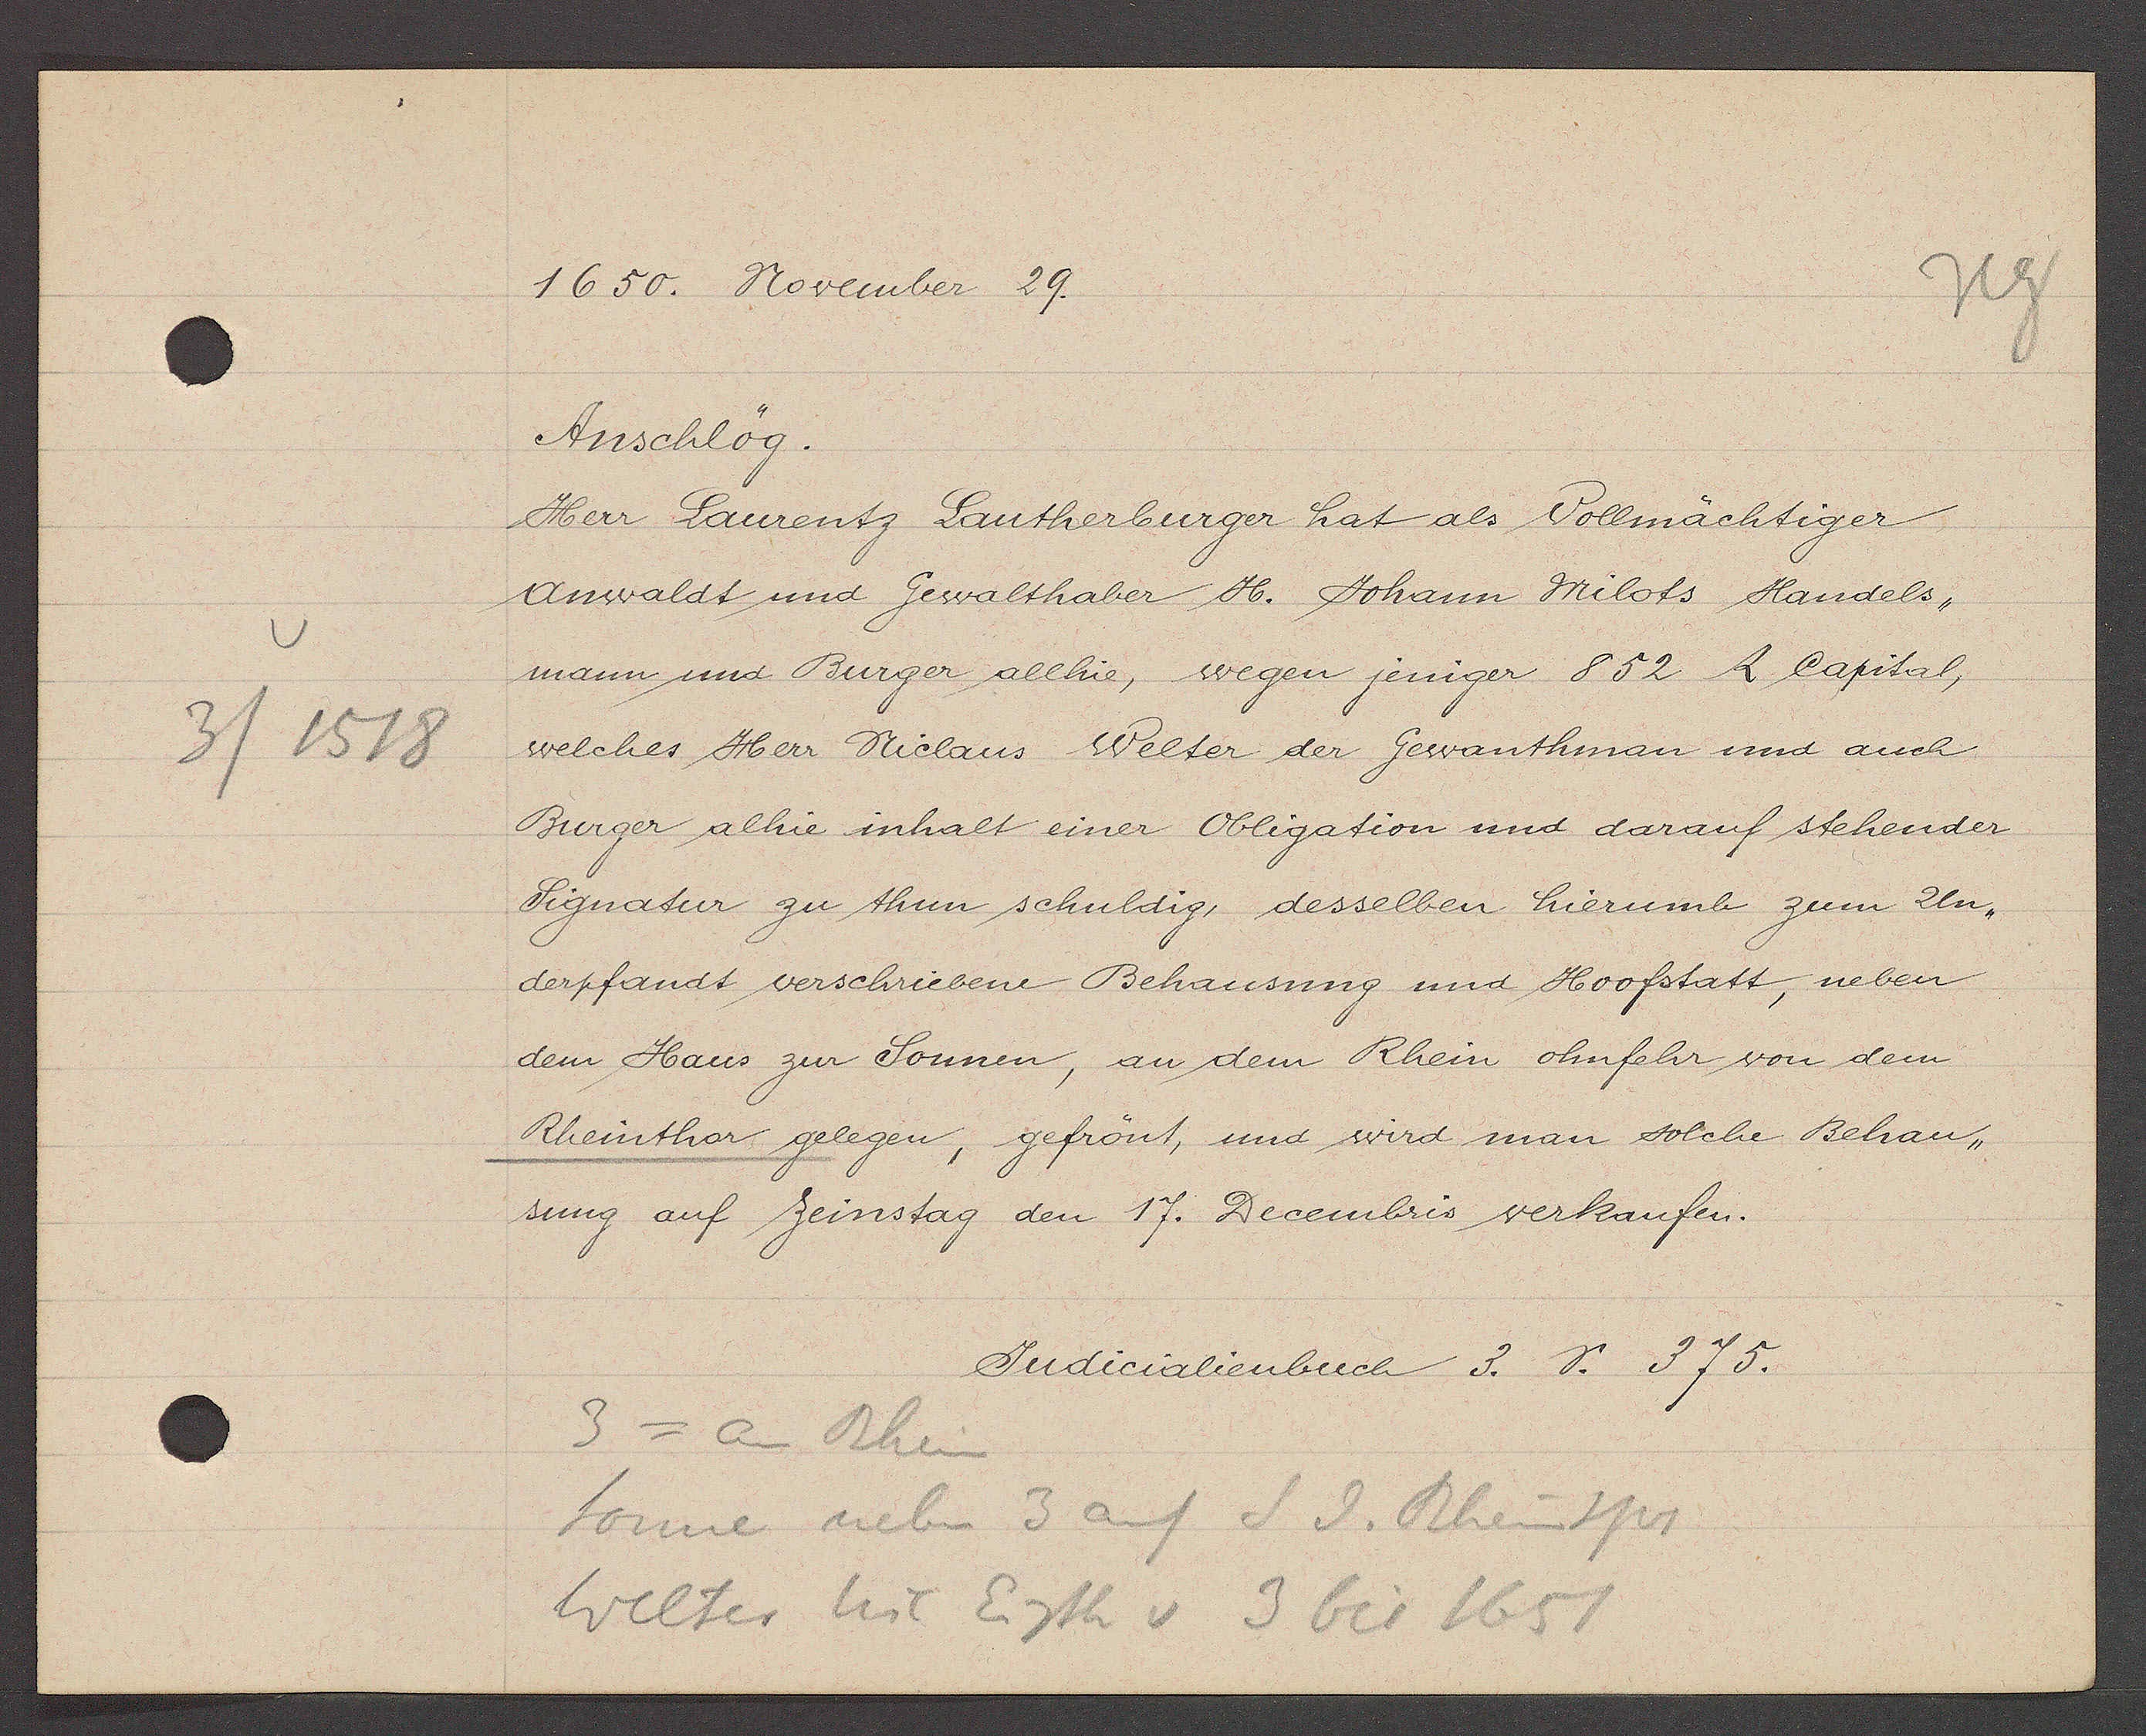
Transcript:
3 / 1518

1650. November 29.
Anschlög.
Herr Laurentz Lauthenburger hat als Vollmächtiger
Anwaldt und Gewalthaber H. Johann Milots Handels-
mann und Burger allhie, wegen jeniger 852 ﬂ Capital,
welches Herr Niclaus Welter der Gewanthman und auch
Burger alhie inhalt einer Obligation und darauf stehender
Signatur zu thun schuldig, desselben hierumg zum Un-
derpfandt verschriebene Behausung und Hoofstatt, neben
dem Haus zur Sonnen, an dem Rhein ohnfehr von dem
Rheinthor gelegen, gefrönt, und wird man solche Behau-
sung auf Zeinstag den 17. Decembris verkaufen.
Judicalienbuch 3. S. 375
3 = an Rhein
Sonne neben 3 auf S d. Rheinspr
Welter Nic Egth v 3 bis 1651